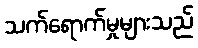
သက်ရောက်မှုများသည်